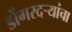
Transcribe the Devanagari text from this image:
डोंगरदर्‍यांचा